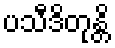
ပသီဒိတုန္တိ